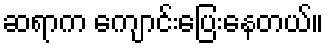
ဆရာက ကျောင်းပြေးနေတယ်။